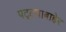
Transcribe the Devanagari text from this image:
पट्ट्याबाहेर